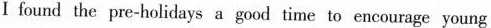
I found the pre-holidays a good timeto encourage young